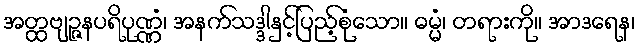
အတ္ထဗျဉ္ဇနပရိပုဏ္ဏံ၊ အနက်သဒ္ဒါနှင့်ပြည့်စုံသော။ ဓမ္မံ၊ တရားကို။ အာဒရေန၊